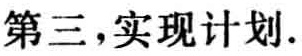
第三，实现计划.